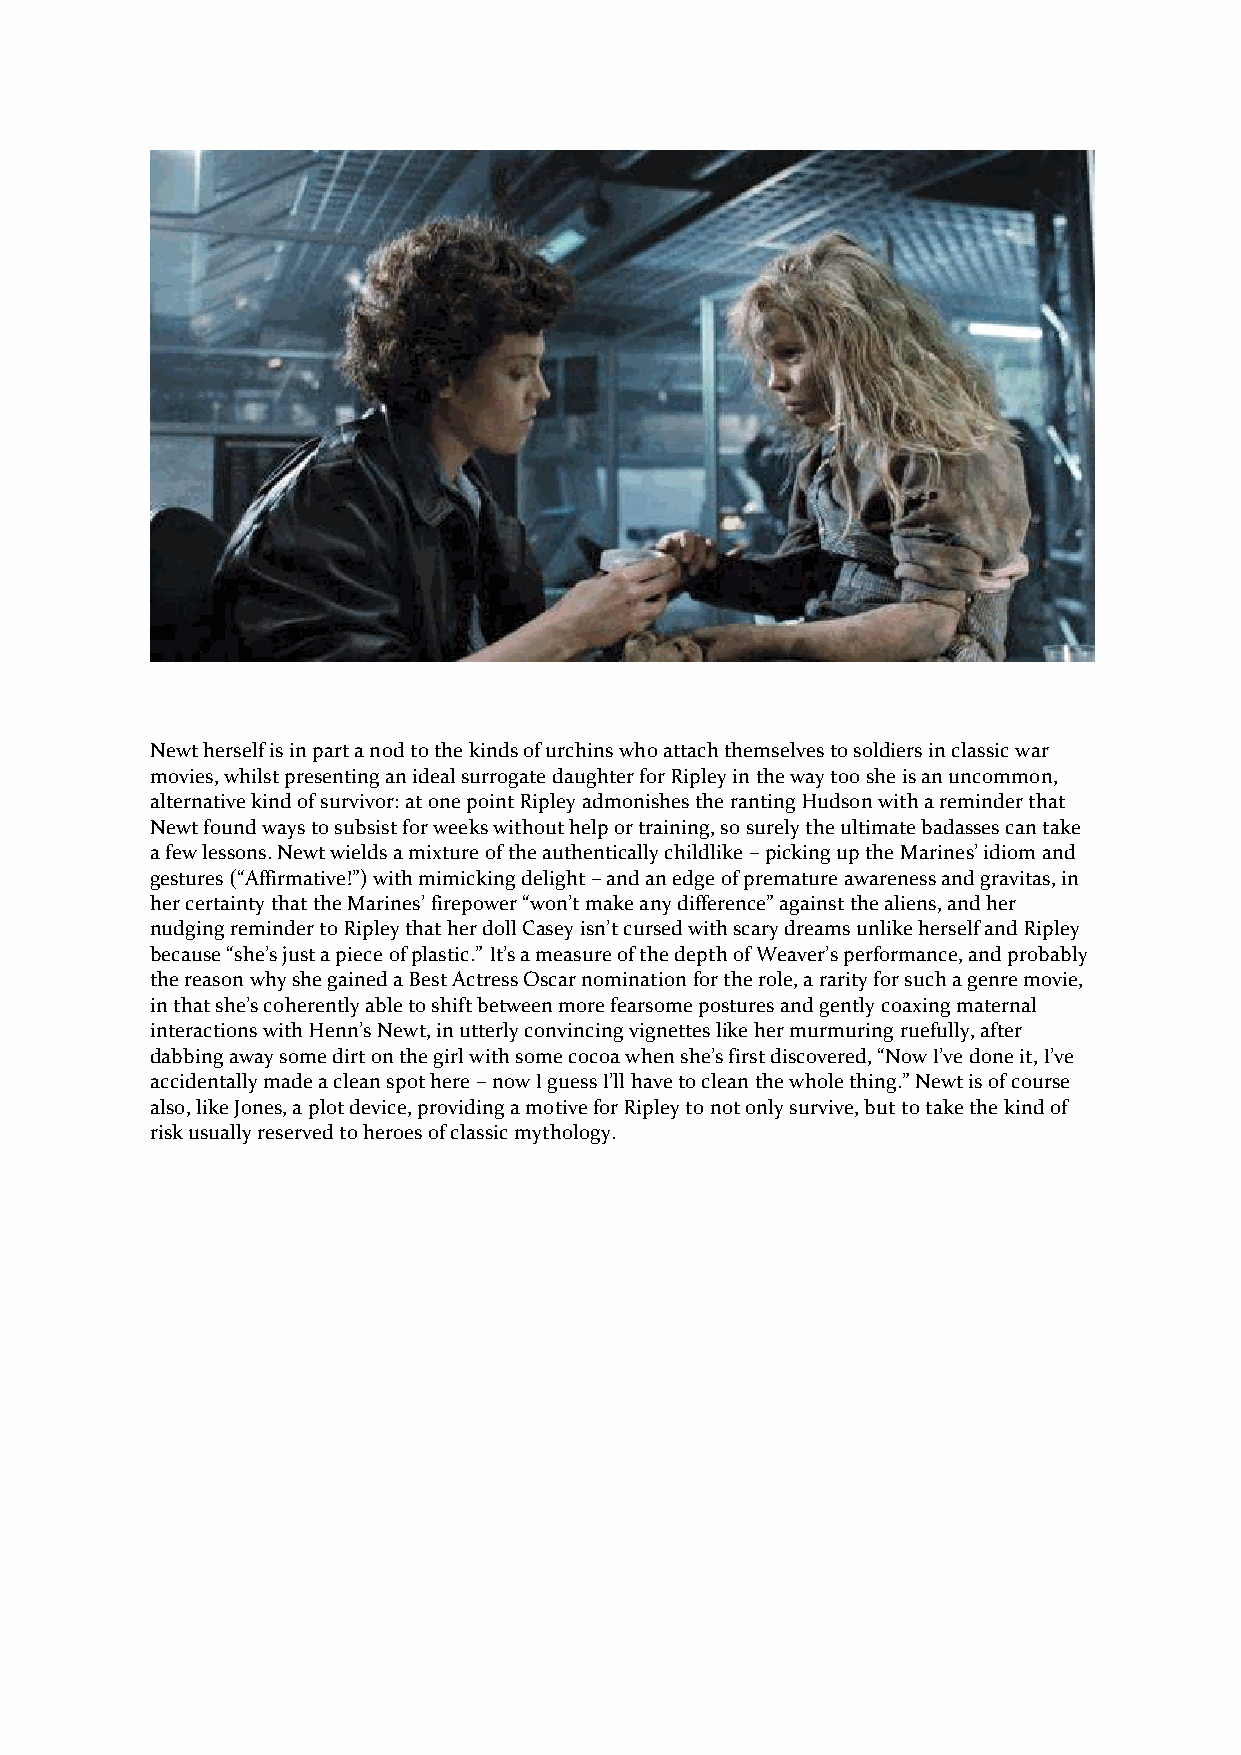
Newt herself is in part a nod to the kinds of urchins who attach themselves to soldiers in classic war
 movies, whilst presenting an ideal surrogate daughter for Ripley in the way too she is an uncommon,
 alternative kind of survivor: at one point Ripley admonishes the ranting Hudson with a reminder that
 Newt found ways to subsist for weeks without help or training, so surely the ultimate badasses can take
 a few lessons. Newt wields a mixture of the authentically childlike – picking up the Marines’ idiom and
 gestures (“Affirmative!”) with mimicking delight – and an edge of premature awareness and gravitas, in
 her certainty that the Marines’ firepower “won’t make any difference” against the aliens, and her
 nudging reminder to Ripley that her doll Casey isn’t cursed with scary dreams unlike herself and Ripley
 because “she’s just a piece of plastic.” It’s a measure of the depth of Weaver’s performance, and probably
 the reason why she gained a Best Actress Oscar nomination for the role, a rarity for such a genre movie,
 in that she’s coherently able to shift between more fearsome postures and gently coaxing maternal
 interactions with Henn’s Newt, in utterly convincing vignettes like her murmuring ruefully, after
 dabbing away some dirt on the girl with some cocoa when she’s first discovered, “Now I’ve done it, I’ve
 accidentally made a clean spot here – now I guess I’ll have to clean the whole thing.” Newt is of course
 also, like Jones, a plot device, providing a motive for Ripley to not only survive, but to take the kind of
 risk usually reserved to heroes of classic mythology.